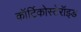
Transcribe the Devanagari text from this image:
कॉर्टिकोस्टेरॉइड